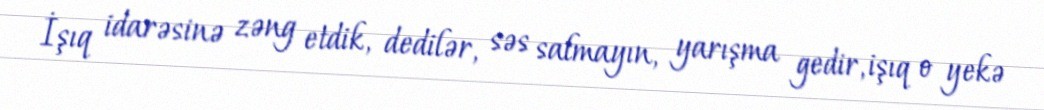
İşıq idarəsinə zəng etdik, dedilər, səs salmayın, yarışma gedir, işıq o yekə